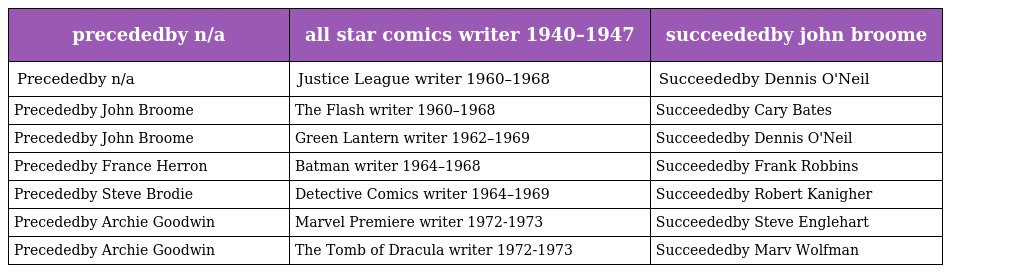
| precededby n/a | all star comics writer 1940–1947 | succeededby john broome |
 | --- | --- | --- |
 | Precededby n/a | Justice League writer 1960–1968 | Succeededby Dennis O'Neil |
 | Precededby John Broome | The Flash writer 1960–1968 | Succeededby Cary Bates |
 | Precededby John Broome | Green Lantern writer 1962–1969 | Succeededby Dennis O'Neil |
 | Precededby France Herron | Batman writer 1964–1968 | Succeededby Frank Robbins |
 | Precededby Steve Brodie | Detective Comics writer 1964–1969 | Succeededby Robert Kanigher |
 | Precededby Archie Goodwin | Marvel Premiere writer 1972-1973 | Succeededby Steve Englehart |
 | Precededby Archie Goodwin | The Tomb of Dracula writer 1972-1973 | Succeededby Marv Wolfman |